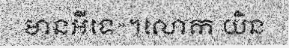
មានអីទេ»។លោក យិន